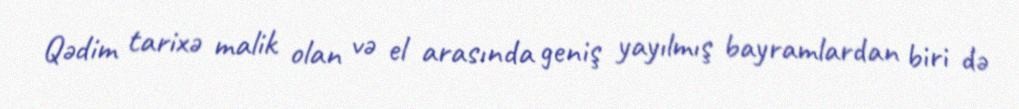
Qədim tarixə malik olan və el arasında geniş yayılmış bayramlardan biri də